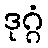
ဒုဂ္ဂံ